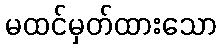
မထင်မှတ်ထားသော